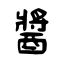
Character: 醬